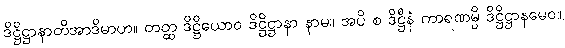
ဒိဋ္ဌိဋ္ဌာနာတိအာဒိမာဟ။ တတ္ထ ဒိဋ္ဌိယောဝ ဒိဋ္ဌိဋ္ဌာနာ နာမ။ အပိ စ ဒိဋ္ဌီနံ ကာရဏမ္ပိ ဒိဋ္ဌိဋ္ဌာနမေဝ။